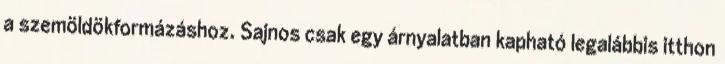
a szemöldökformázáshoz. Sajnos csak egy árnyalatban kapható legalábbis itthon